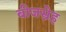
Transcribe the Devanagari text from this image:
बीजस्नेह